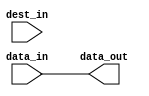
module c_align
  (data_in, dest_in, data_out);
   
   // width of input data
   parameter data_width = 32;
   
   // width of destination vector
   parameter dest_width = 32;
   
   // offset at which to place input data within destination vector
   // (portions of the input data that end up to the left or right of the
   // destination vector will be trimmed)
   parameter offset = 0;
   
   // input vector
   input [0:data_width-1] data_in;
   
   // destination vector
   input [0:dest_width-1] dest_in;
   
   // result
   output [0:dest_width-1] data_out;
   wire [0:dest_width-1] data_out;
   
   genvar 		i;
   
   generate
      
      for(i = 0; i < dest_width; i = i + 1)
	begin:bits
	   
	   if((i < offset) || (i >= (offset + data_width)))
	     assign data_out[i] = dest_in[i];
	   else
	     assign data_out[i] = data_in[i - offset];
	   
	end
      
   endgenerate
   
endmodule